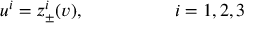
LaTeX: u ^ { i } = z _ { \pm } ^ { i } ( v ) , \quad \quad \quad \quad \quad i = 1 , 2 , 3